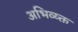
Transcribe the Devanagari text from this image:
अभिव्य्क्त